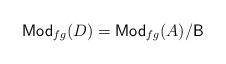
LaTeX: \begin{align*}\mathsf{Mod}_{fg}(D)=\mathsf{Mod}_{fg}(A)/\mathsf{B}\end{align*}